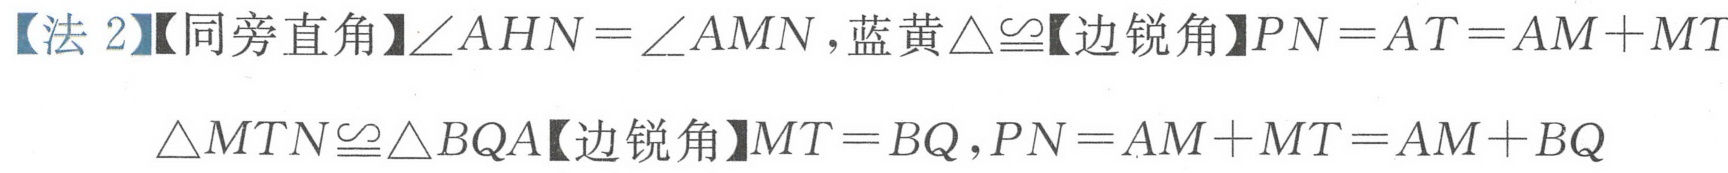
【法 2】【同旁直角】$\angle AHN=\angle AMN$,蓝黄$\triangle\cong$【边锐角】$PN = AT=AM + MT$
$\triangle MTN\cong\triangle BQA$【边锐角】$MT = BQ$,$PN = AM + MT=AM + BQ$